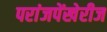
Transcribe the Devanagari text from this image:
परांजपेंखेरीज